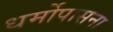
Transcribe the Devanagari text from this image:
धर्मोपासना